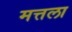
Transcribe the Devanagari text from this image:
मत्तला